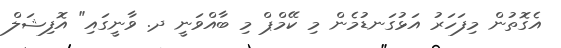
އެގޮތުން މިފަހަރު އަޅުގަނޑުމެން މި ކޭމްޕް މި ބާއްވަނީ ދ. ވާނީގައި" އޮފިޝަލް